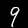
Label: 9